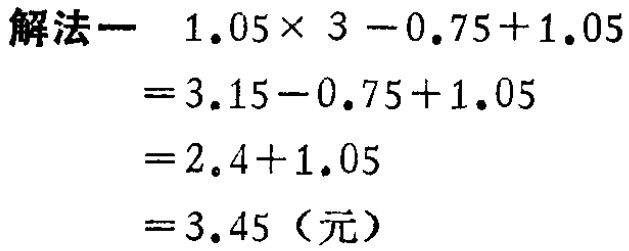
解法一 \(1.05\times 3 - 0.75 + 1.05\)
\(=3.15 - 0.75 + 1.05\)
\(=2.4 + 1.05\)
\(=3.45\)（元）